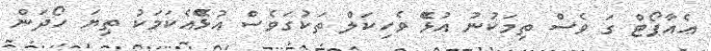
ޢެއާޕޯޓް ގަ ވެސް ތިމަކުނު އުޅެޭ ވެހިކަލް ތަކުގަވެސް އުޅެޭއެކަމަކު ތިޔަ ހޯދަން